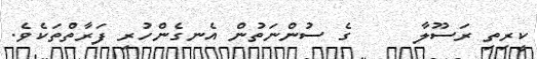
ކީރިތި ރަސޫލާ     ގެ ސުންނަތުން އެނގެންހުރި ފަރާތްތަކެވެ.